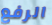
الرفع